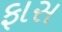
ફાસ